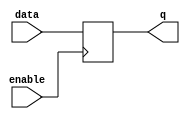
module gated_latch (
    input data,
    input enable,
    output reg q
);

// Latch data when enable is high
always @(posedge enable) begin
    if(enable) begin
        q <= data;
    end
end

endmodule